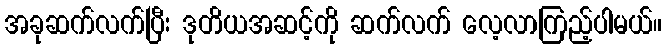
အခုဆက်လက်ပြီး ဒုတိယအဆင့်ကို ဆက်လက် လေ့လာကြည့်ပါမယ်။